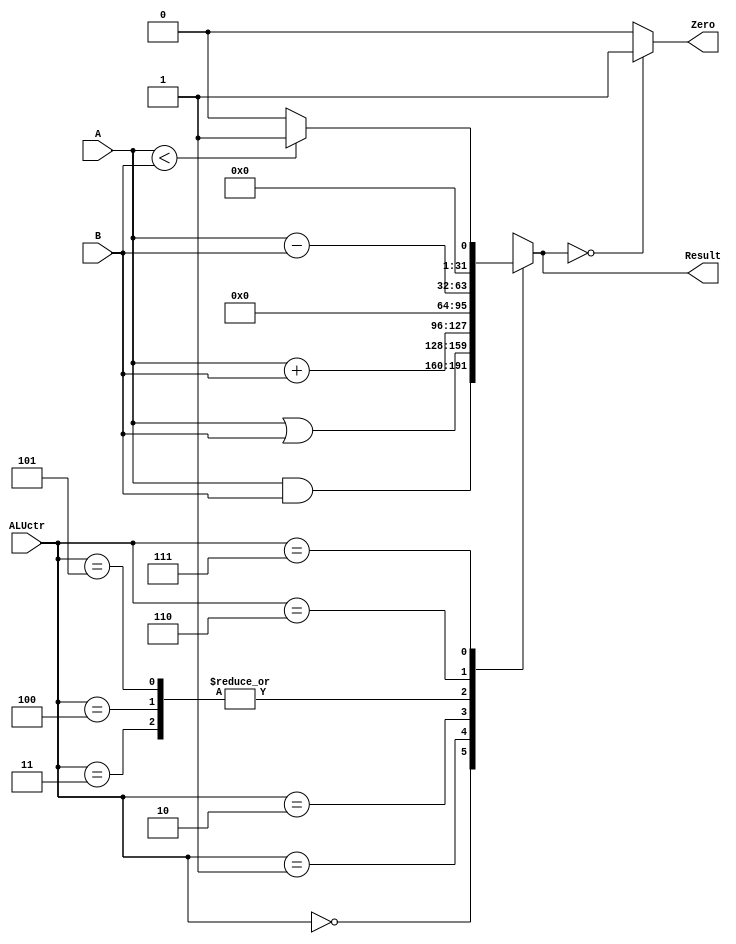
module alu(A, B, ALUctr, Result, Zero);
    input [31:0] A, B;
    input [2:0] ALUctr;
    output reg [31:0] Result;
    output reg Zero;

    always @(A or B or ALUctr) begin
        case (ALUctr)
            3'b000: Result = A & B;
            3'b001: Result = A | B;
            3'b010: Result = A + B;
            3'b011: Result = 0;
            3'b100: Result = 0;
            3'b101: Result = 0;
            3'b110: Result = A - B;
            3'b111: begin
                if (A < B)
                    Result = 1;
                else
                    Result = 0;
            end
            default: Result = 0;
        endcase

        if (Result == 0)
            Zero = 1;
        else
            Zero = 0;
    end
endmodule